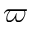
\boldsymbol \varpi